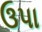
ઉપા